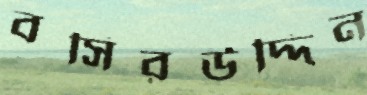
বসিরউদ্দিন